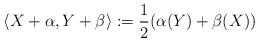
LaTeX: \begin{align*}\langle X+\alpha, Y+\beta\rangle:=\frac{1}{2}(\alpha(Y)+\beta(X))\end{align*}